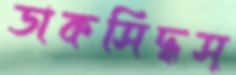
ডাকসিদ্ধস্